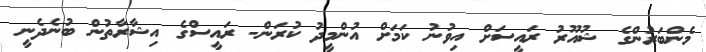
މެންބަރުންގެ ޝުއޫރު ރައީސަށް އިވުނު ކަމަށް އުންމީދު ކުރަން- ރައީސްގެ އިޝާރާތުން ބުނެދެނީ